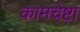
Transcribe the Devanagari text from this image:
कामचेष्टा